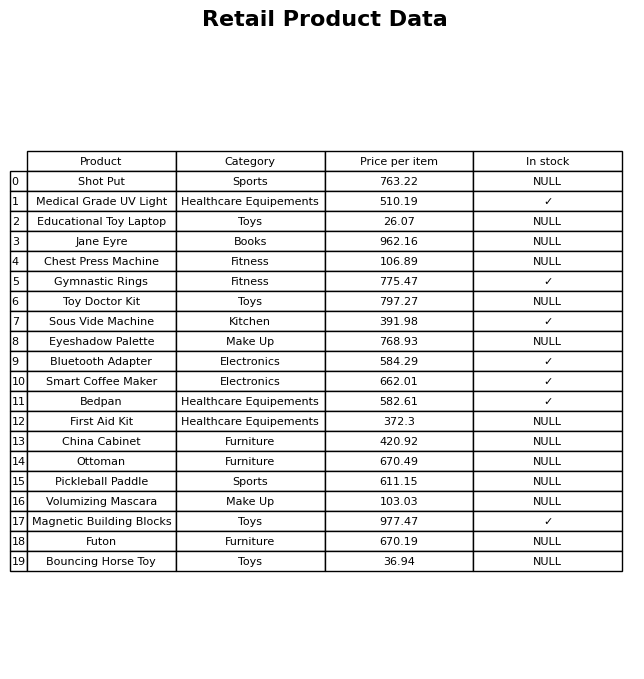
question: What is the price of the Chest Press Machine?
answer: The price of Chest Press Machine is 106.89.